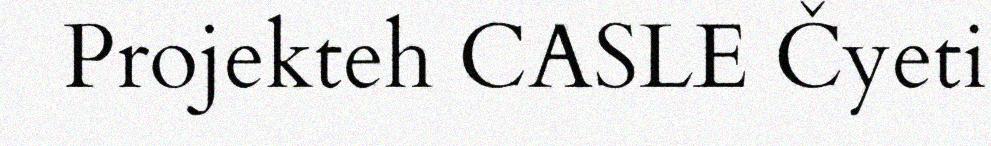
Projekteh CASLE Čyeti